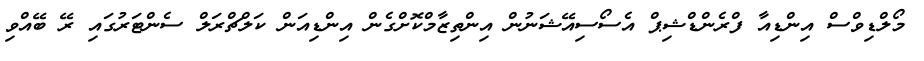
މޯލްޑިވްސް އިންޑިއާ ފްރެންޑްޝިޕް އެސޯސިއޭޝަނުން އިންތިޒާމްކޮށްގެން އިންޑިއަން ކަލްޗްރަލް ސެންޓަރުގައި ރޭ ބޭއްވި